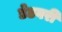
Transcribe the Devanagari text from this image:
डेडवरी